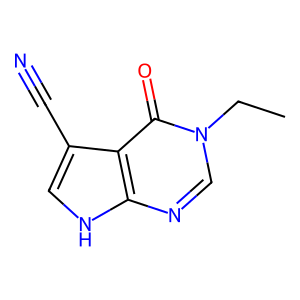
SMILES: CCn1cnc2[nH]cc(C#N)c2c1=O
Inhibits HIV replication: No